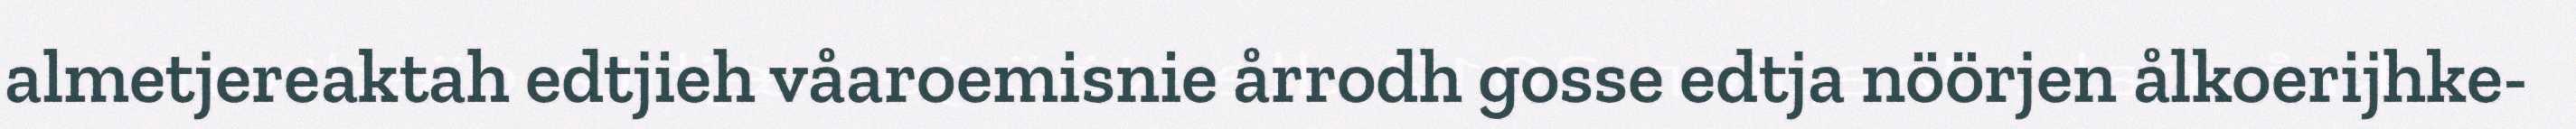
almetjereaktah edtjieh våaroemisnie årrodh gosse edtja nöörjen ålkoerijhke-